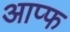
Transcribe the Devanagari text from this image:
आप्फ